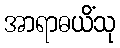
အာရာဓယိံသု